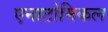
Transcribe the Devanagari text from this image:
एनाटोमिकल